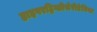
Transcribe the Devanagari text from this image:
हाइपरट्रिग्लीसेरीडेमिया